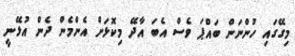
މިގޭގައި ހުންނަން ބައްޕަ ވެސް އެބަ އާދޭ މިކޮޅަށް އެންމެން ދެން އުޅޭނީ